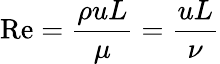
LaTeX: \mathrm{Re}={\frac{\rho uL}{\mu}}={\frac{uL}{\nu}}